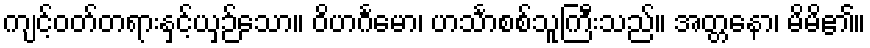
ကျင့်ဝတ်တရားနှင့်ယှဉ်သော။ ဝိဟင်္ဂမော၊ ဟင်္သာစစ်သူကြီးသည်။ အတ္တနော၊ မိမိ၏။